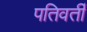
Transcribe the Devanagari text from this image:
पतिवर्ती